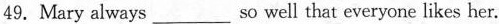
49.Mary always___so well that everyone likes her.